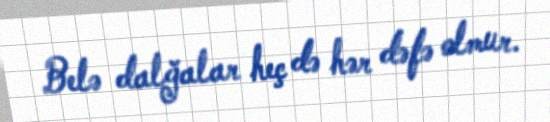
Belə dalğalar heç də hər dəfə olmur.